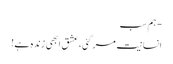
- ہم سب
انسانیت مر گئی، عشق ابھی زندہ ہے!